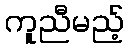
ကူညီမည့်